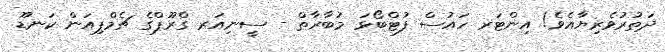
ދަތުރުވެރިޔާއެވެ! އިންޓަރ ހައުސް ފުޓްބޯޅަ މުބާރާތް - ސީނިއަރ ގްރޫޕްގެ ޗެމްޕިއަން ކަނޑޫ